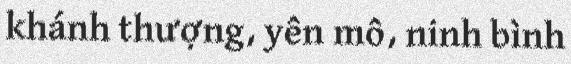
khánh thượng, yên mô, ninh bình